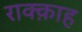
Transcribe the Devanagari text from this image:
राक्क़ाह